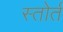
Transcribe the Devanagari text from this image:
स्तोर्त